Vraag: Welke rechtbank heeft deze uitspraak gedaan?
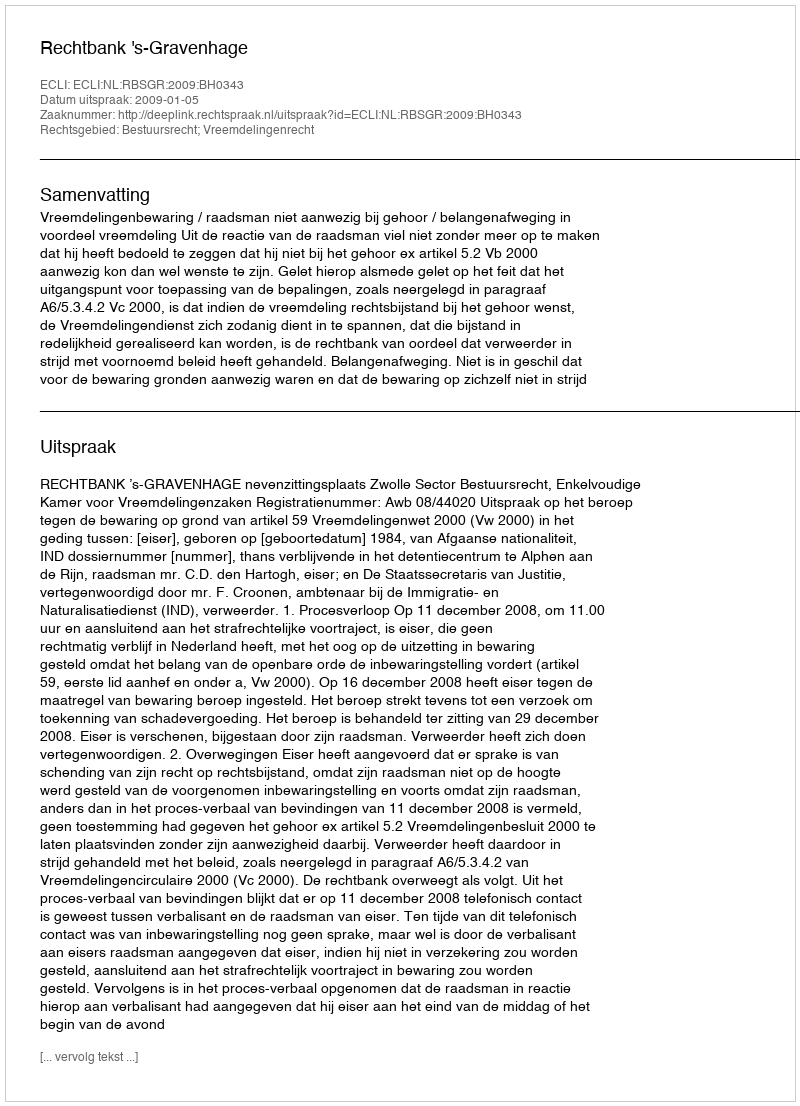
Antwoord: Rechtbank 's-Gravenhage